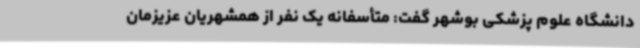
دانشگاه علوم پزشکی بوشهر گفت: متأسفانه یک نفر از همشهریان عزیزمان